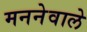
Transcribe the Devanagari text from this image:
मननेवाले